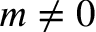
m \neq 0